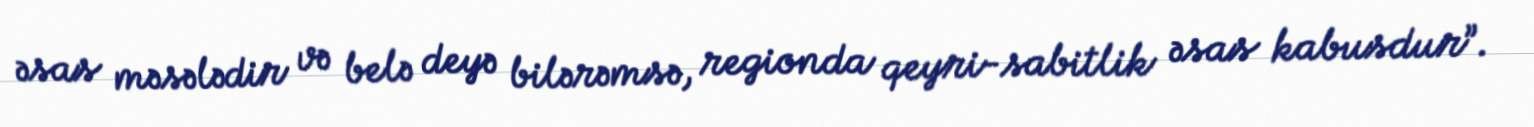
əsas məsələdir və belə deyə bilərəmsə, regionda qeyri-sabitlik əsas kabusdur”.